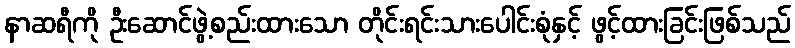
နာဆရီကို ဦးဆောင်ဖွဲ့စည်းထားသော တိုင်းရင်းသားပေါင်းစုံနှင့် ဖွင့်ထားခြင်းဖြစ်သည်